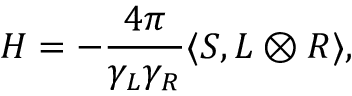
{ \cal H } = - { \frac { 4 \pi } { \gamma _ { L } \gamma _ { R } } } \langle S , L \otimes R \rangle ,